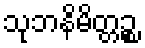
သုဘနိမိတ္တဉ္စ